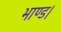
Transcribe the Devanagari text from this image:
भाण्ड।